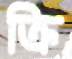
ক্রি